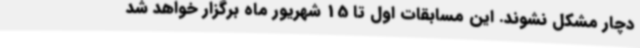
دچار مشکل نشوند. این مسابقات اول تا 15 شهریور ماه برگزار خواهد شد